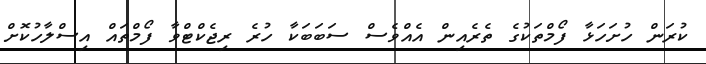
ކުރަން ހުށަހަޅާ ފޯމްތަކުގެ ތެރެއިން އެއްވެސް ސަބަބަކާ ހުރެ ރިޖެކްޓްވާ ފޯމްތައް އިސްލާހުކޮށް